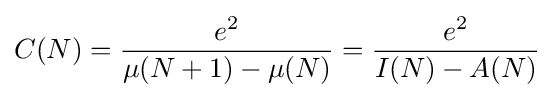
C(N)={\frac {e^{2}}{\mu (N+1)-\mu (N)}}={\frac {e^{2}}{I(N)-A(N)}}